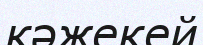
кәжекей